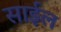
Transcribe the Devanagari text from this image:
साईल